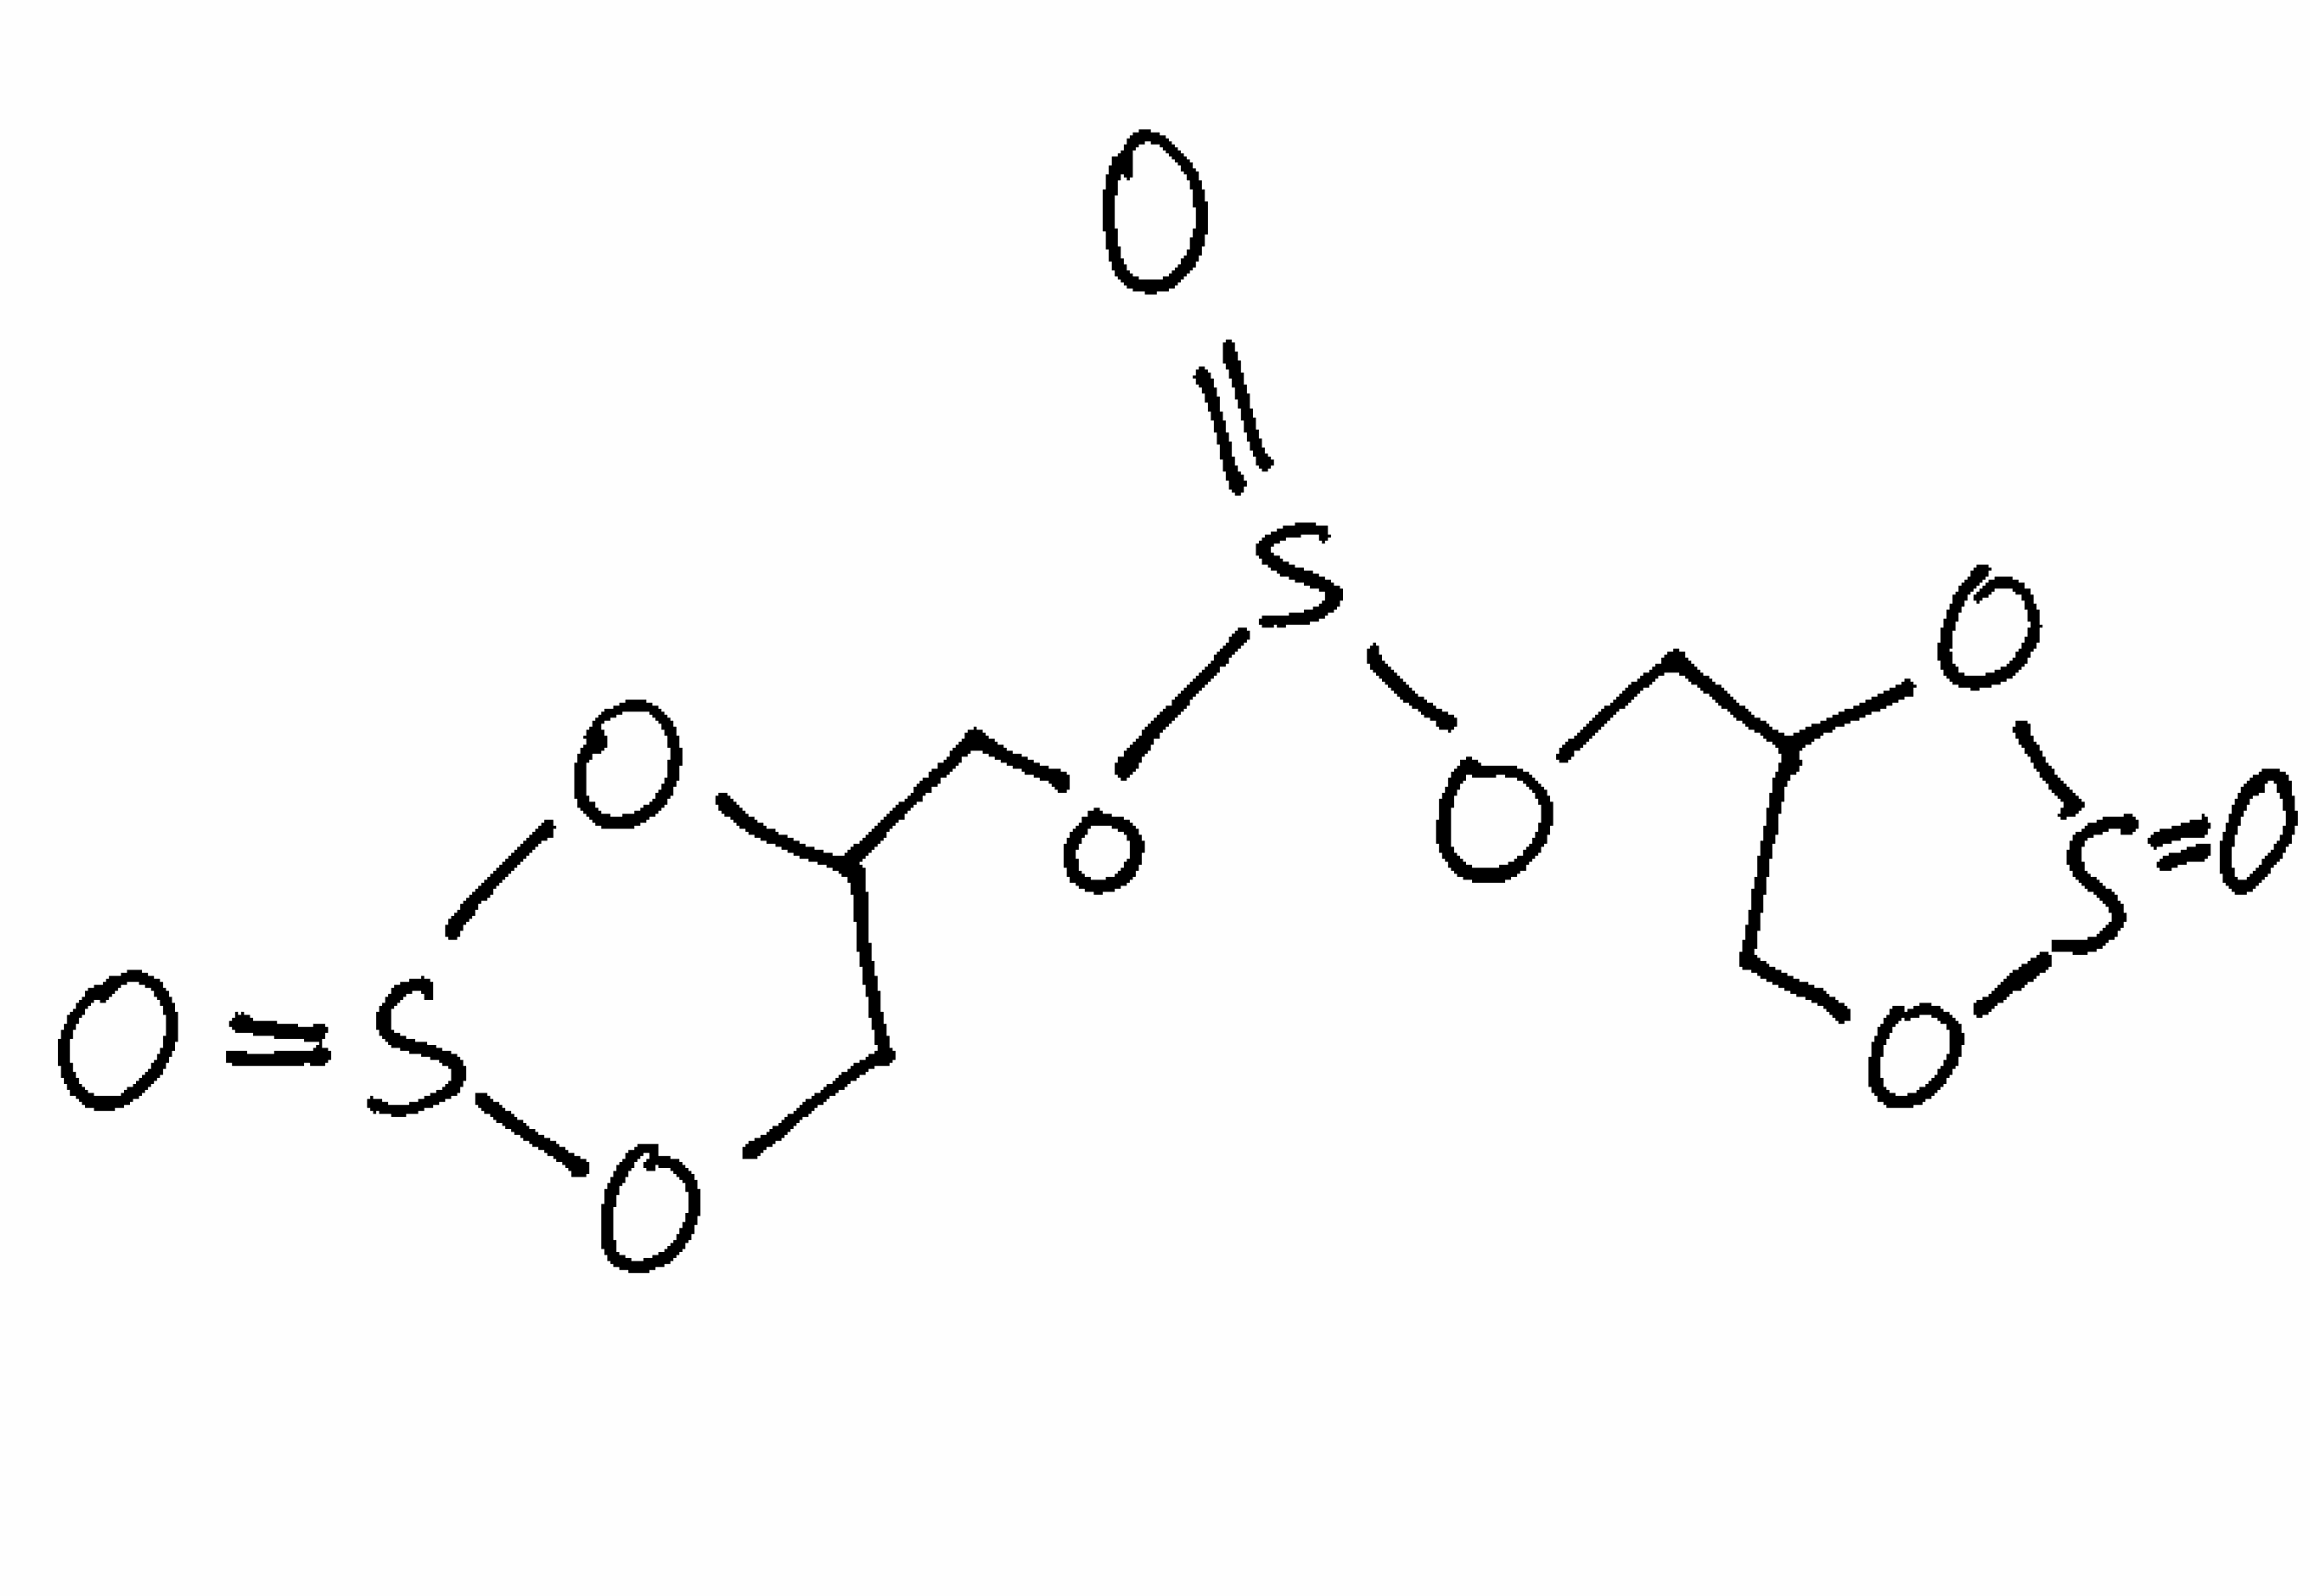
Simplified molecular-input line-entry system (SMILES) notation of the given molecule:
C1C(OS(=O)O1)COS(=O)OCC2COS(=O)O2